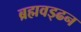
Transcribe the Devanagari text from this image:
ब्रह्मवड्ढन